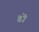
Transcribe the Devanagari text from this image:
डॊ